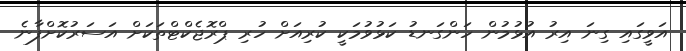
އަވީގައި ގިނަ އިރު އުޅުމުން ހަންގަނޑު ކަޅުވުމަކީ ކުރިއަށް ހުރި ޕްރޮޖެކްޓްތަކަށް އަސަރުކޮށްފާނެ